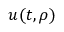
u ( t , \rho )